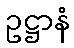
ဥဋ္ဌာနံ